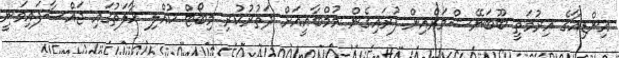
އިންޑިއާގެ އިރުމަތީ ބޫބަނޭޝްވަރްއިން ފުރައިގެން މުމްބާއީއަށް ދަތުރުކުރި މިބޯޓް ކުއްލި ހާލަތުގައި ޖައްސާފައިވަނީ